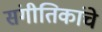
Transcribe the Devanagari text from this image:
संगीतिकांचे